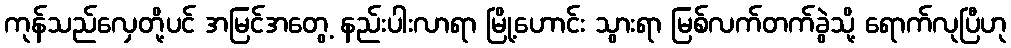
ကုန်သည်လှေတို့ပင် အမြင်အတွေ့ နည်းပါးလာရာ မြို့ဟောင်း သွားရာ မြစ်လက်တက်ခွဲသို့ ရောက်လုပြီဟု